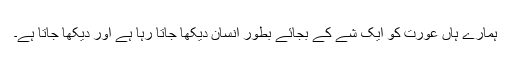
ہمارے ہاں عورت کو ایک شے کے بجائے بطور انسان دیکھا جاتا رہا ہے اور دیکھا جاتا ہے۔